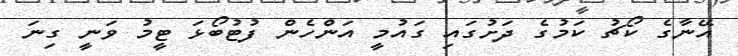
އޭނާގެ ކޯޗު ކަމުގެ ދަށުގައި ގައުމީ އަންހެން ފުޓުބޯޅަ ޓީމު ވަނީ ގިނަ